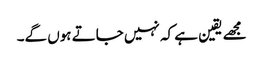
مجھے یقین ہے کہ نہیں جاتے ہوں گے۔